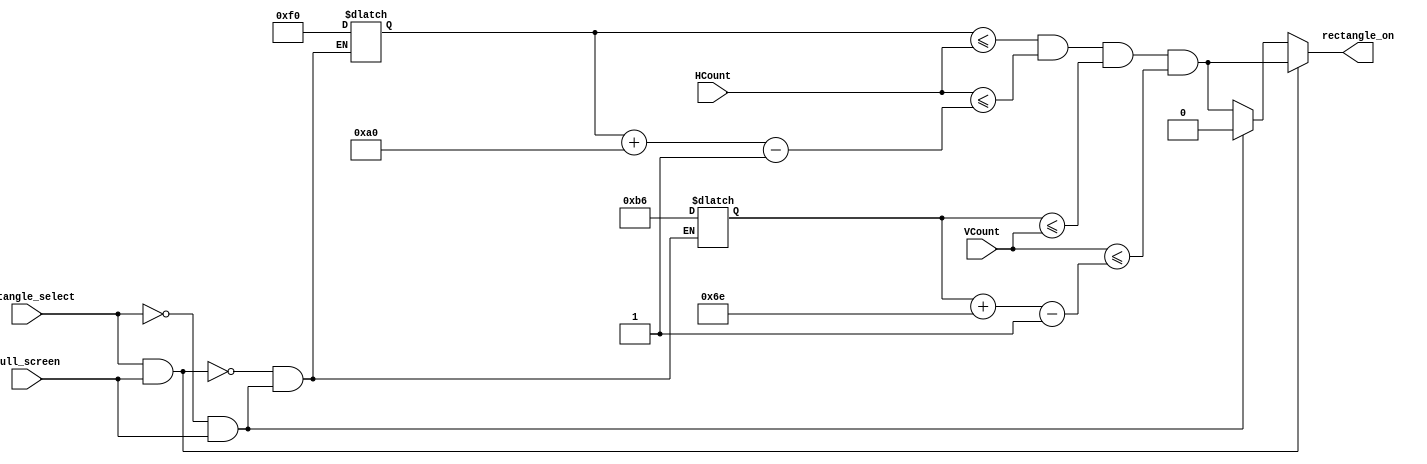
`timescale 1ns / 1ps
//////////////////////////////////////////////////////////////////////////////////
// Company: 
// Engineer: 
// 
// Design Name: 
// Module Name:    object_rectangle 
// Project Name: 
// Target Devices: 
// Tool versions: 
// Description: 
//
// Dependencies: 
//
// Revision: 
// Revision 0.01 - File Created
// Additional Comments: 
//
//////////////////////////////////////////////////////////////////////////////////
module object_rectangle(
    input [9:0] HCount,
    input [9:0] VCount,
	 input rectangle_select,
	 input full_screen,
    output reg rectangle_on
    );

//------------Parametros del rectangulo-----------//
localparam rectangle_width = 160;
localparam rectangle_height = 110;

reg [9:0] rectangle_x_l, rectangle_x_r;

reg [9:0] rectangle_y_t, rectangle_y_b;

//Sincronizacion de los registros y verificadores de variable
always @* begin
	if(rectangle_select && full_screen) begin
		rectangle_x_l <= 9'd240;
		rectangle_y_t <= 9'd182;
		rectangle_on <= ((rectangle_x_l <= HCount) && (HCount <= rectangle_x_r) &&
							  (rectangle_y_t <= VCount) && (VCount <= rectangle_y_b));
	end
	else if ( ~rectangle_select && full_screen)
		rectangle_on <= 1'b0;
	else begin
		rectangle_x_l <= 9'd240;
		rectangle_y_t <= 9'd182;
		rectangle_on <= ((rectangle_x_l <= HCount) && (HCount <= rectangle_x_r) &&
							  (rectangle_y_t <= VCount) && (VCount <= rectangle_y_b));
	end
	rectangle_x_r <= (rectangle_x_l + rectangle_width - 1);
	rectangle_y_b <= (rectangle_y_t + rectangle_height - 1);
end

endmodule